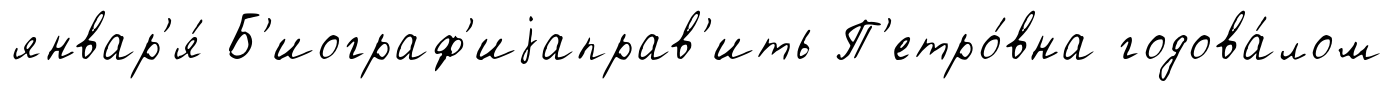
январ'я́ Б'иограф'иjаправ'ить П'етро́вна годова́лом